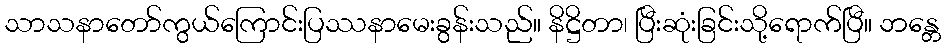
သာသနာတော်ကွယ်ကြောင်းပြဿနာမေးခွန်းသည်။ နိဋ္ဌိတာ၊ ပြီးဆုံးခြင်းသို့ရောက်ပြီ။ ဘန္တေ